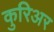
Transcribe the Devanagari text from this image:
कुरिअर